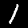
Digit: 1